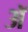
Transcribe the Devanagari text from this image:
अॅ